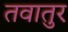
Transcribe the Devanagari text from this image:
तवातुर